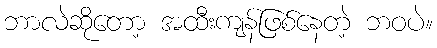
ဘာလဲဆိုတော့ အထီးကျန်ဖြစ်နေတဲ့ ဘဝပဲ။